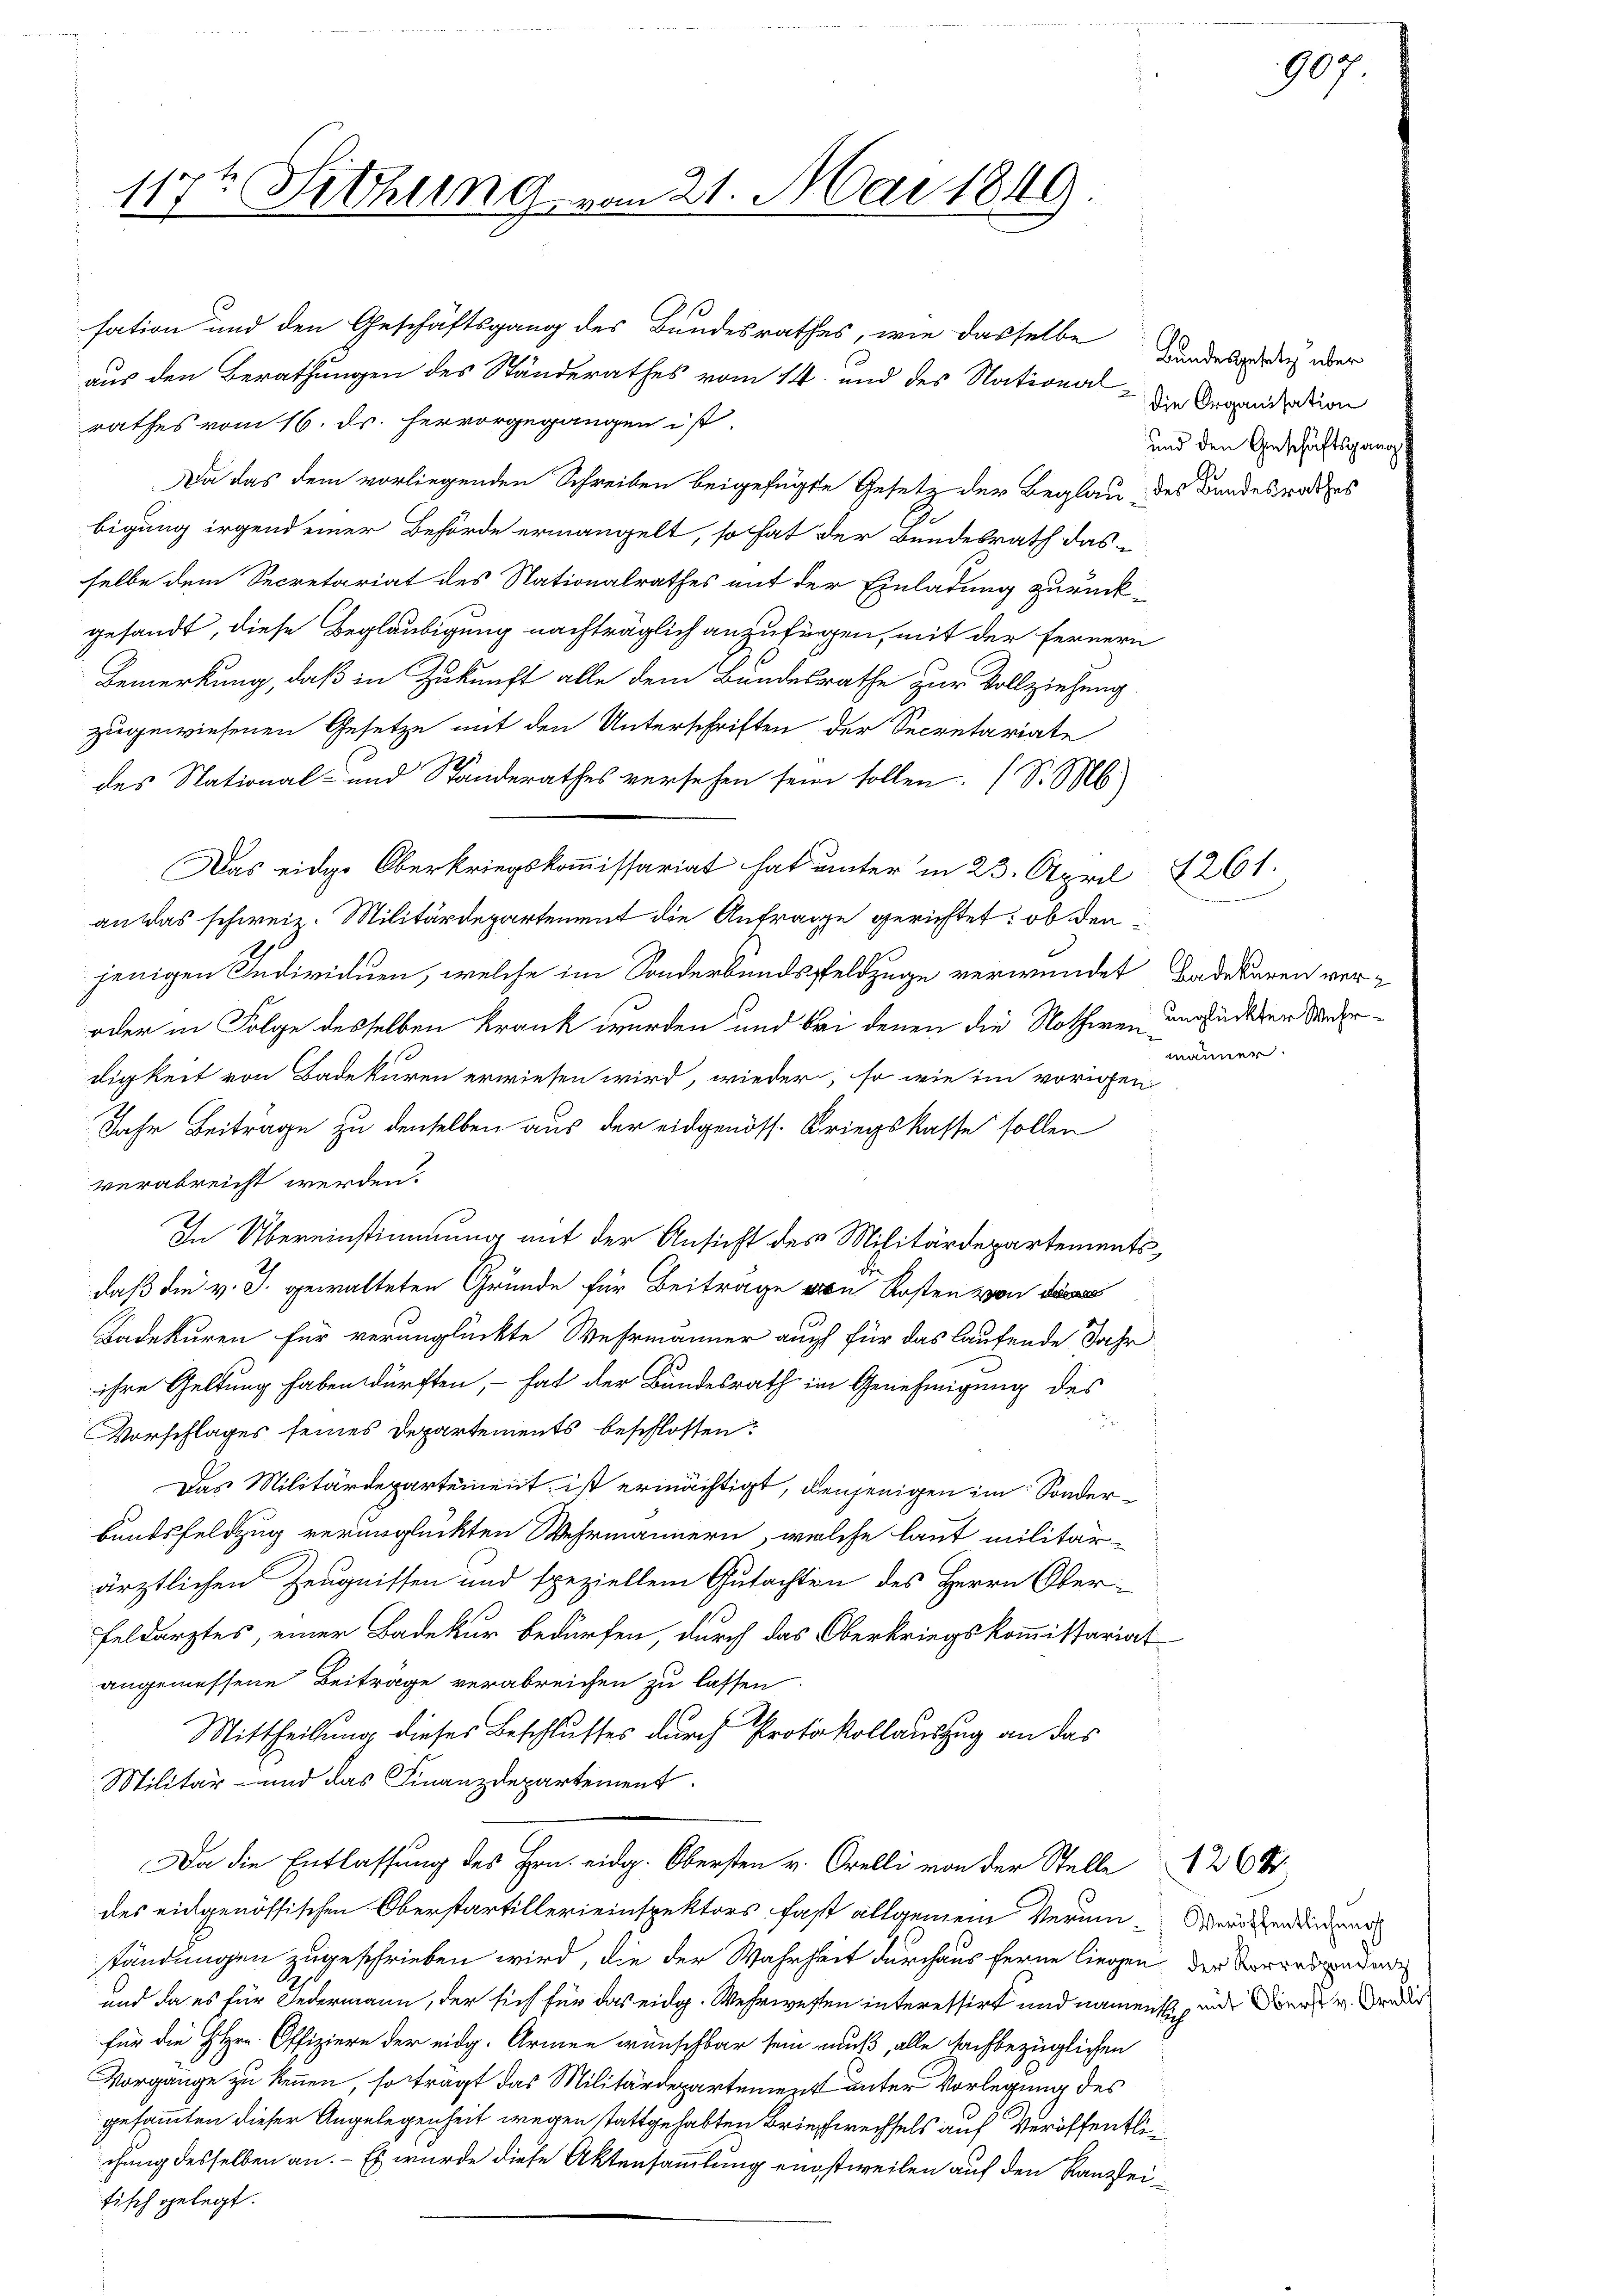
117t Fithung vom 21. Mai 1849

sation und den Geschäftsgang des Bundesrathes, wie dasselbe Handesgerich über
aus den Berathungen des Ständerathes vom 14. und des Nationsrathes vom 16. ds. hervorgegangen ist.
Da das dem vorliegenden Schreiben beigefügte Gesetz der Beglau des Bandesrathes
bigung irgend einer Behörde ermangelt, so hat der Bundesrath das
selbe dem Secretariat des Nationalrathes mit der Einladung zurückgesandt, diese Beglaubigung nachträglich anzufügen, mit der Fernern
Bemerkung, daß in Zukunft alle dem Bundesrathe zur Vollziehung.
zugewiesenen Gesetze mit den Unterschriften der Secretariate
des National- und Standerathes versehen sein sollen. (S. M.
Das eidge Oberkriegskommissariat hat unter in 23. April 261.
an das schweiz. Militärdepartement die Anfrage gerichtet: ob denjenigen Individuen, welche im Sonderbundspfeldzüge verwundet Badekären ver¬
oder in Folge desselben krank wurden und bei denen die Nothwen unglückten Wiederdigkeit von Badekuren erwiesen wird, wieder, so wie im vorigen
Jahr Beiträge zu denselben aus der eidgenöss. Kriegskasse sollen
verabreicht werden.
In Übereinstimmung mit der Ansicht des Militärdepartements,
daß die v. J. gewalteten Grunde für Beiträge von Kosten von d
Badekuren für verunglückte Wehrmänner auch für das laufende Jahr-
ihre Geltung haben dürften, – hat der Bundesrath im Genehmigung des

Vorschlages seines Departements beschlossen:
Das Militärdepartement, ist ermächtigt, denjenigen im Sonderbundsfeldzug verunglückten Wehrmännern, welche laut militär-
ärztlichen Zeugnissen und speziellem Gutachten des Herrn Ober¬
Feldarztes, einer Badekur bedürfen, durch das Oberkriegskommissariat
angemessene Beitrage verabreichen zu lassen.
Mittheilung dieses Beschlusses durch Protokollauszug an das
Militär- und das Finanzdepartement
Da die Entlassung des Hrn. eidg. Obersten v. Orelli von der Stelle
des eidgenössischen Oberstartillerieinspektors fast allgemein Verunständungen zugeschrieben wird, die der Wahrheit durchaus ferne liegen der Vorredungen
und da es für Federmann, der sich für das eidg. Wehrwesten interessirt und namentlich und der v. Grade
für die HHrn. Offiziere der eidg. Armen wünschbar sein muß, alle sachbezüglichen
Vorgänge zu kennen, so trägt das Militärdepartement unter Vorlegung des
gesammten dieser Angelegenheit wegen stattgehabten Briefwechsels auf Veröffentlichung desselben an. – Es wurde diese Aktensammlung einstweilen auf den Kanzleifisch gelegt.

die Organisation
und den Geschäftsgang

männer

Veröffentlichensch

1268

907.